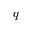
q